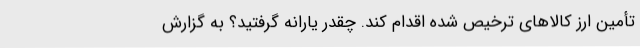
تأمین ارز کالاهای ترخیص شده اقدام کند. چقدر یارانه گرفتید؟ به گزارش